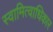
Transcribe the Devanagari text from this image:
स्वामित्वाधिकार